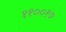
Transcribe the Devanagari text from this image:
११००१७